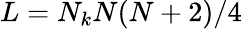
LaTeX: L=N_{k}N(N+2)/4